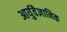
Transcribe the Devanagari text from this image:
आर्युवैज्ञानिक